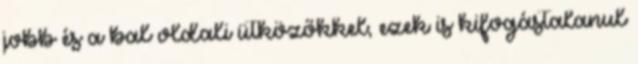
jobb és a bal oldali ütközőkkel, ezek is kifogástalanul